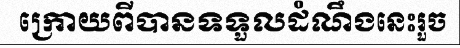
ក្រោយពីបានទទួលដំណឹងនេះរួច